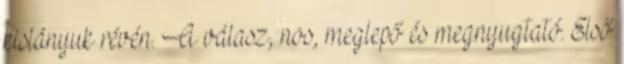
kislányuk révén. A válasz, nos, meglepő és megnyugtató. Első